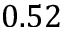
0 . 5 2